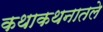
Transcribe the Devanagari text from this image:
कथाकथनातले